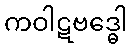
ကဝါဋဗဒ္ဓေါ